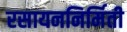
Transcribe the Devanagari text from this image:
रसायननिर्मिती